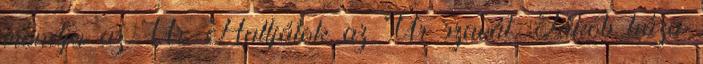
mondja az Úr. Halljátok az Úr szavát, Jákob háza